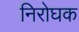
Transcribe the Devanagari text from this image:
निरोघक